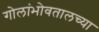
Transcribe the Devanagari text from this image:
गोलांभोवतालच्या